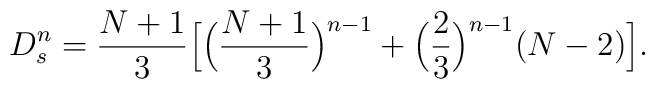
D^{n}_{s} = \frac{N+1}{3}\Bigl[ \Bigl(\frac{N+1}{3}\Bigr)^{n-1} +\Bigl(\frac{2}{3}\Bigr)^{n-1} (N -2)\Bigr].